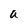
Character: a